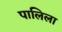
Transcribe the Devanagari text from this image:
पालिला